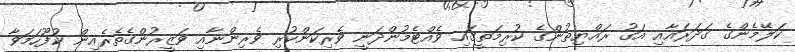
ކަލޭމެންގެ ގަދަރައާއި އަގު ރައްޔިތުންގެ ކުރިމަތީގައި ވެއްޓެމުންދަނީ ވެރިކަންކުރި ވެރިންނާއި ވަޒީރުންގެތެރެއިން ކުފޫހަމަވާ